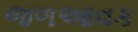
જળઆવક